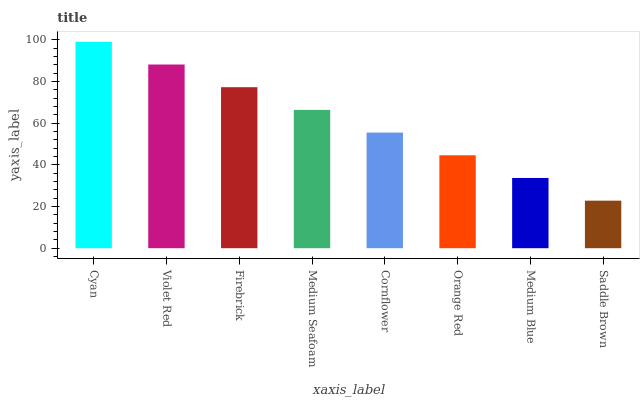
| xaxis_label | bars |
 | --- | --- |
 | Cyan | 99 |
 | Violet Red | 88.1 |
 | Firebrick | 77.2 |
 | Medium Seafoam | 66.3 |
 | Cornflower | 55.5 |
 | Orange Red | 44.6 |
 | Medium Blue | 33.7 |
 | Saddle Brown | 22.8 |